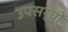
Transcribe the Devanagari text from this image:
उपसर्यों